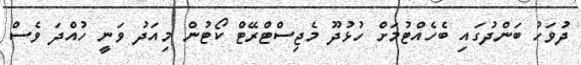
ދުވަހު ބަންދުގައި ބެހެއްޓުމަށް ހުޅުދޫ މެޖިސްޓްރޭޓް ކޯޓުން މިއަދު ވަނީ ހުއްދަ ވެސް